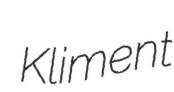
Kliment